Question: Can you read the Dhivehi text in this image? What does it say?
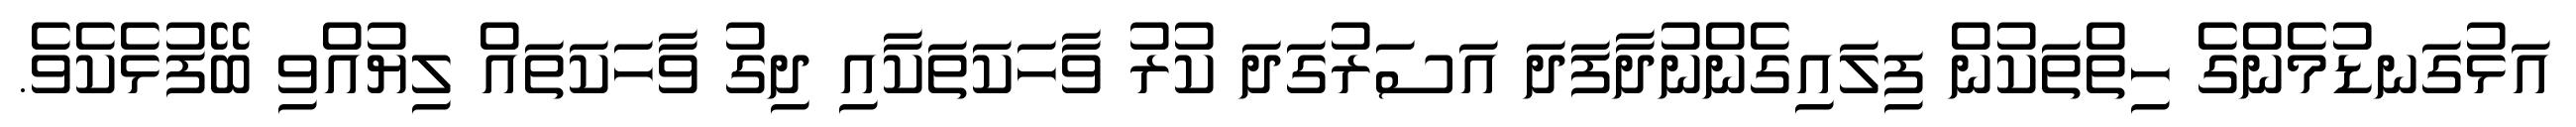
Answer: އަޅުގަނޑުމެންގެ ހިތްތަކުން ފިލައިގެންނުދާފަދަ އަސަރުގަދަ ކުރު ވާހަކަތަކާއި ދިގު ވާހަކަތައް ލިޔުއްވި ބޭފުޅެކެވެ.